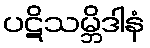
ပဋိသမ္ဘိဒါနံ